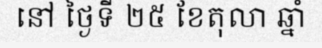
នៅ ថ្ងៃទី ២៥ ខែតុលា ឆ្នាំ